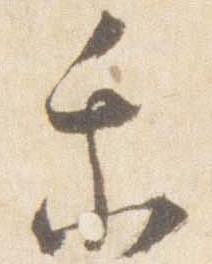
乗